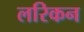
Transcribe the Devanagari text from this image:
लरिकन